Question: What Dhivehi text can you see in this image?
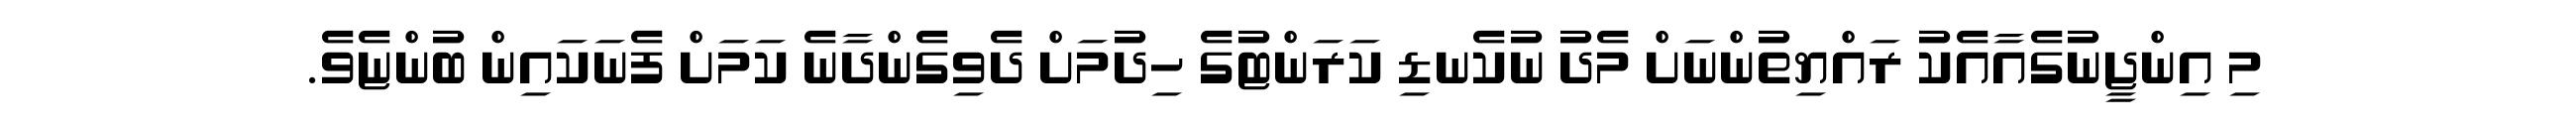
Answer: މި އިންޖީނުގެއާއެކު ރައްޔިތުންނަށް މެދު ނުކެނޑި ކަރަންޓުގެ ހިދުމަށް ދެވިގެންދާނެ ކަމަށް ފެނަކައިން ބުންޏެވެ.